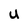
Character: U